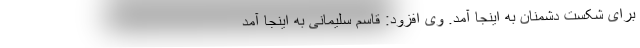
برای شکست دشمنان به اینجا آمد. وی افزود: قاسم سلیمانی به اینجا آمد